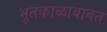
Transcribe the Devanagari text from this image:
भूतकाळाबाबत